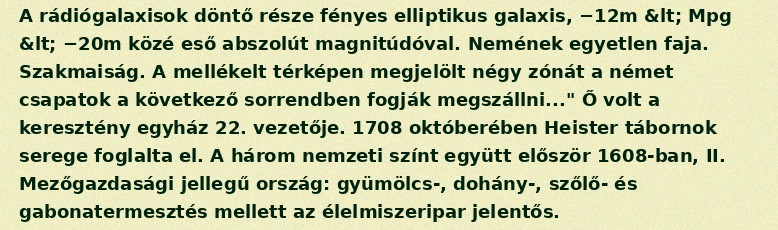
A rádiógalaxisok döntő része fényes elliptikus galaxis, −12m &lt; Mpg &lt; −20m közé eső abszolút magnitúdóval. Nemének egyetlen faja. Szakmaiság. A mellékelt térképen megjelölt négy zónát a német csapatok a következő sorrendben fogják megszállni..." Ő volt a keresztény egyház 22. vezetője. 1708 októberében Heister tábornok serege foglalta el. A három nemzeti színt együtt először 1608-ban, II. Mezőgazdasági jellegű ország: gyümölcs-, dohány-, szőlő- és gabonatermesztés mellett az élelmiszeripar jelentős.